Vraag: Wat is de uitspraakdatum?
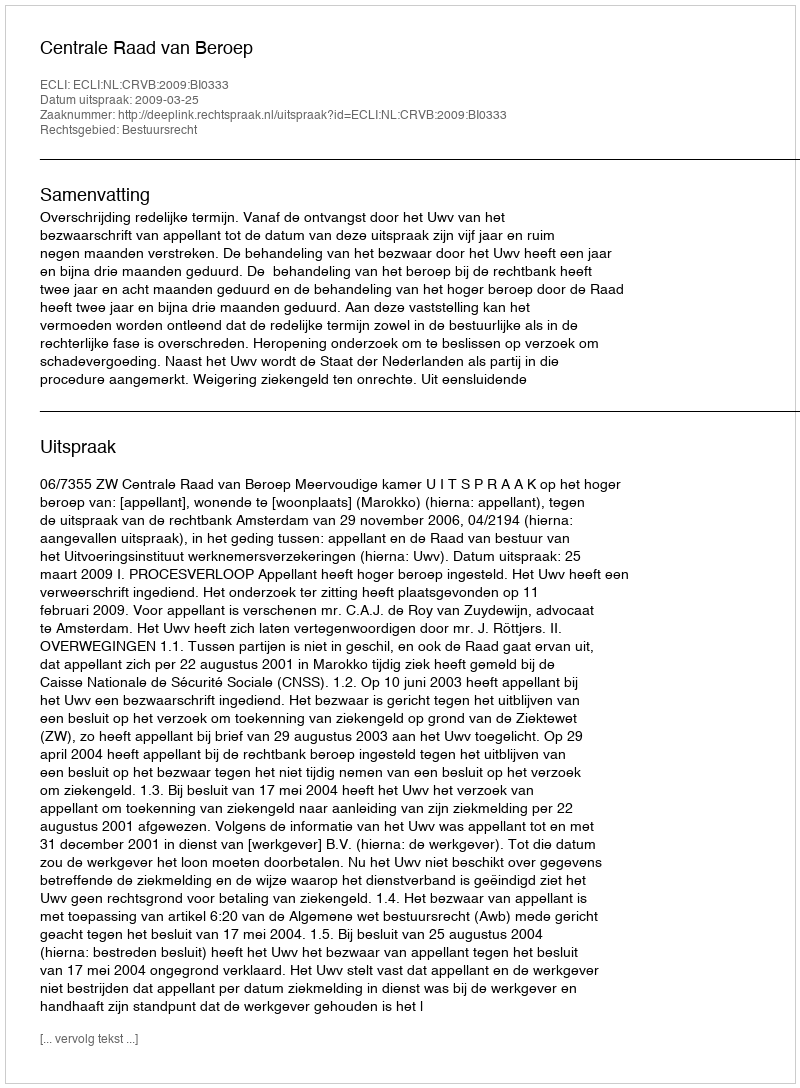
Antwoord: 2009-03-25